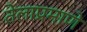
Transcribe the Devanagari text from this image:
तेलाप्रमाणे